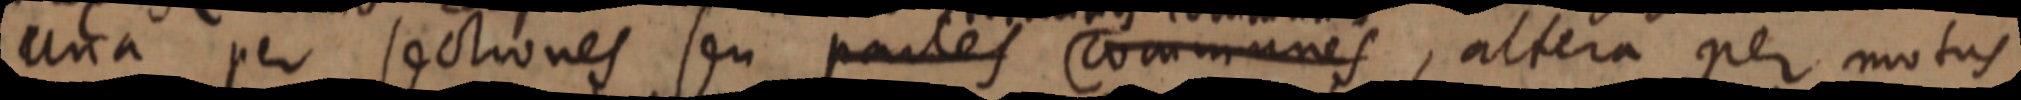
una per sectiones seu partes communes, altera per motus